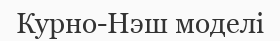
Курно-Нэш моделі